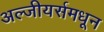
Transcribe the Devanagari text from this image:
अल्जीयर्समधून